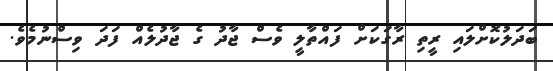
ބަދަލުކޮށްލައި ރީތި ރާގަކަށް ފައްތާލީ ވެސް ޖާދު ގެ ޖާދުލެއް ފަދަ ވިސްނުމެވެ.